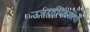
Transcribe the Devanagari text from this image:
उत्रराधिकारियों